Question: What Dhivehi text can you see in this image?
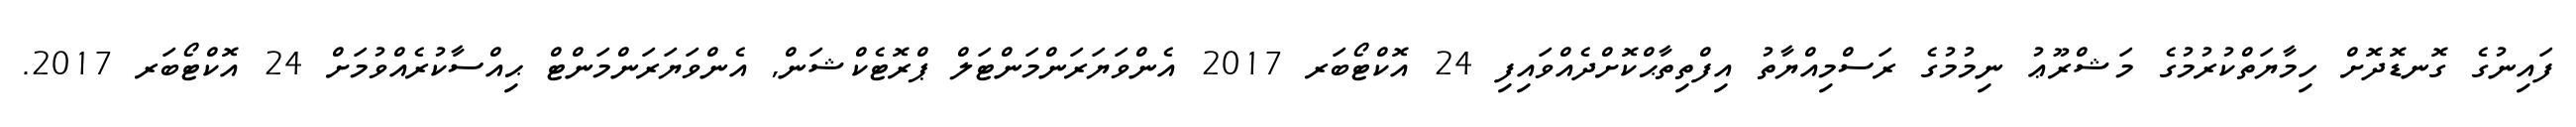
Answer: ފައިނުގެ ގޮނޑޮދޮށް ހިމާޔަތްކުރުމުގެ މަޝްރޫޢު ނިމުމުގެ ރަސްމިއްޔާތު އިފްތިތާޙްކޮށްދެއްވައިފި 24 އޮކްޓޯބަރ 2017 އެންވަޔަރަންމަންޓަލް ޕްރޮޓެކްޝަން, އެންވަޔަރަންމަންޓް ޙިއްސާކުރެއްވުމަށް 24 އޮކްޓޯބަރ 2017.